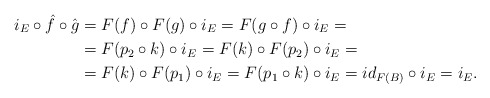
\begin{align*}i_E \circ \hat{f} \circ \hat{g} & = F(f) \circ F(g) \circ i_E = F(g \circ f) \circ i_E = \\& = F(p_2 \circ k) \circ i_E = F(k) \circ F(p_2) \circ i_E = \\& = F(k) \circ F(p_1) \circ i_E = F(p_1 \circ k) \circ i_E = id_{F(B)} \circ i_E = i_E.\end{align*}